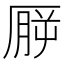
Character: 𪠒